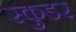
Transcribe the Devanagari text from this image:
स्कुडर